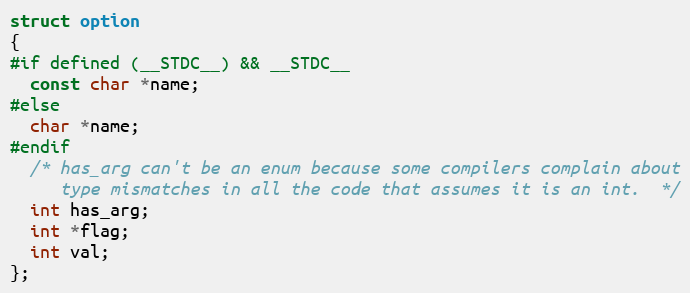
Language: C
struct option
{
#if defined (__STDC__) && __STDC__
  const char *name;
#else
  char *name;
#endif
  /* has_arg can't be an enum because some compilers complain about
     type mismatches in all the code that assumes it is an int.  */
  int has_arg;
  int *flag;
  int val;
};